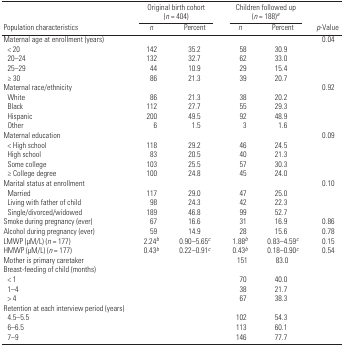
<table><thead><tr><td></td><td colspan="2"><b>Original birth cohort (<i>n</i> = 404)</b></td><td colspan="2"><b>Children followed up (<i>n</i> = 188)a</b></td><td></td></tr><tr><td><b>Population characteristics</b></td><td><b><i>n</i></b></td><td><b>Percent</b></td><td><b><i>n</i></b></td><td><b>Percent</b></td><td><b><i>p</i>-Value</b></td></tr></thead><tbody><tr><td>Maternal age at enrollment (years)</td><td></td><td></td><td></td><td></td><td>0.04</td></tr><tr><td> &lt; 20</td><td>142</td><td>35.2</td><td>58</td><td>30.9</td><td></td></tr><tr><td> 20–24</td><td>132</td><td>32.7</td><td>62</td><td>33.0</td><td></td></tr><tr><td> 25–29</td><td>44</td><td>10.9</td><td>29</td><td>15.4</td><td></td></tr><tr><td> ≥ 30</td><td>86</td><td>21.3</td><td>39</td><td>20.7</td><td></td></tr><tr><td>Maternal race/ethnicity</td><td></td><td></td><td></td><td></td><td>0.92</td></tr><tr><td> White</td><td>86</td><td>21.3</td><td>38</td><td>20.2</td><td></td></tr><tr><td> Black</td><td>112</td><td>27.7</td><td>55</td><td>29.3</td><td></td></tr><tr><td> Hispanic</td><td>200</td><td>49.5</td><td>92</td><td>48.9</td><td></td></tr><tr><td> Other</td><td>6</td><td>1.5</td><td>3</td><td>1.6</td><td></td></tr><tr><td>Maternal education</td><td></td><td></td><td></td><td></td><td>0.09</td></tr><tr><td> &lt; High school</td><td>118</td><td>29.2</td><td>46</td><td>24.5</td><td></td></tr><tr><td> High school</td><td>83</td><td>20.5</td><td>40</td><td>21.3</td><td></td></tr><tr><td> Some college</td><td>103</td><td>25.5</td><td>57</td><td>30.3</td><td></td></tr><tr><td> ≥ College degree</td><td>100</td><td>24.8</td><td>45</td><td>24.0</td><td></td></tr><tr><td>Marital status at enrollment</td><td></td><td></td><td></td><td></td><td>0.10</td></tr><tr><td> Married</td><td>117</td><td>29.0</td><td>47</td><td>25.0</td><td></td></tr><tr><td> Living with father of child</td><td>98</td><td>24.3</td><td>42</td><td>22.3</td><td></td></tr><tr><td> Single/divorced/widowed</td><td>189</td><td>46.8</td><td>99</td><td>52.7</td><td></td></tr><tr><td>Smoke during pregnancy (ever)</td><td>67</td><td>16.6</td><td>31</td><td>16.9</td><td>0.86</td></tr><tr><td>Alcohol during pregnancy (ever)</td><td>59</td><td>14.9</td><td>28</td><td>15.6</td><td>0.78</td></tr><tr><td>LMWP (μM/L) (<i>n</i> = 177)</td><td>2.24b</td><td>0.90–5.65c</td><td>1.88b</td><td>0.83–4.59c</td><td>0.15</td></tr><tr><td>HMWP (μM/L) (<i>n</i> = 177)</td><td>0.43b</td><td>0.22–0.91c</td><td>0.43b</td><td>0.18–0.90c</td><td>0.54</td></tr><tr><td>Mother is primary caretaker</td><td></td><td></td><td>151</td><td>83.0</td><td></td></tr><tr><td colspan="6">Breast-feeding of child (months)</td></tr><tr><td> &lt; 1</td><td></td><td></td><td>70</td><td>40.0</td><td></td></tr><tr><td> 1–4</td><td></td><td></td><td>38</td><td>21.7</td><td></td></tr><tr><td> &gt; 4</td><td></td><td></td><td>67</td><td>38.3</td><td></td></tr><tr><td colspan="6">Retention at each interview period (years)</td></tr><tr><td> 4.5–5.5</td><td></td><td></td><td>102</td><td>54.3</td><td></td></tr><tr><td> 6–6.5</td><td></td><td></td><td>113</td><td>60.1</td><td></td></tr><tr><td> 7–9</td><td></td><td></td><td>146</td><td>77.7</td><td></td></tr></tbody></table>